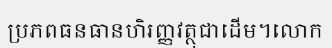
ប្រភពធនធានហិរញ្ញវត្ថុជាដើម។លោក